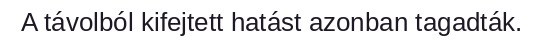
A távolból kifejtett hatást azonban tagadták.